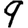
Digit: 9